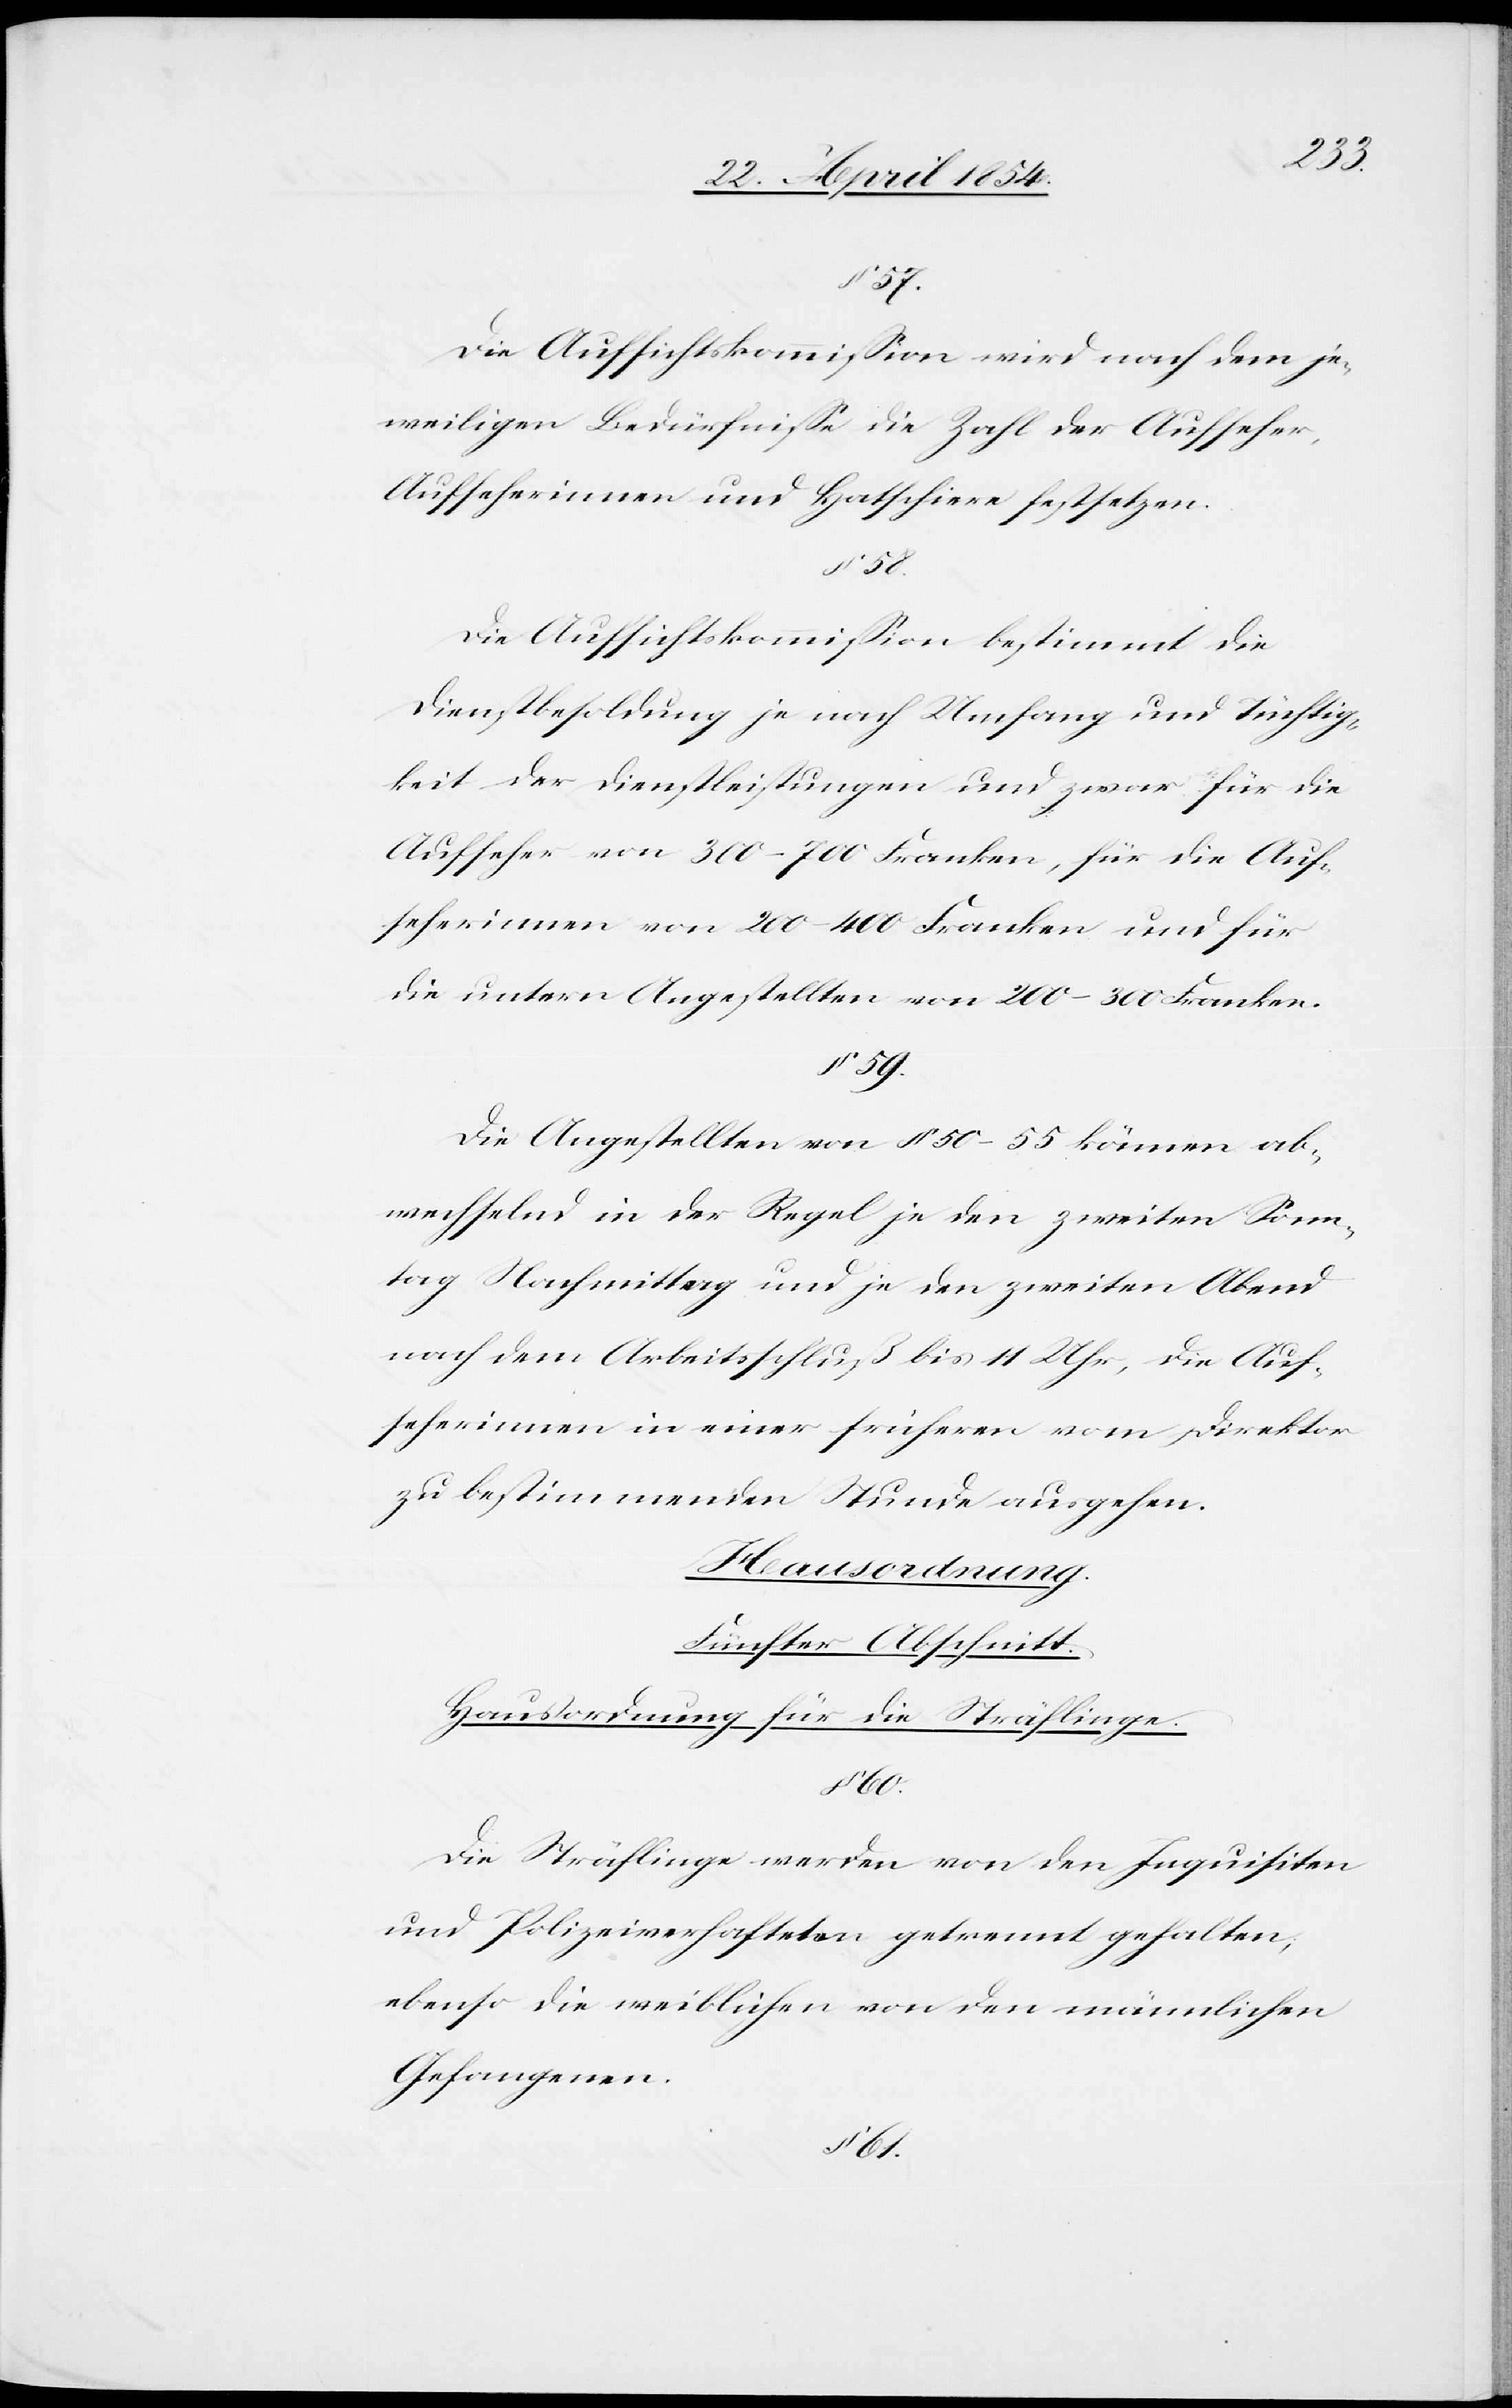
58.
57.
Die Aufsichtskommißion wird nach dem je¬
weiligen Bedürfniße die Zahl der Aufseher,
Aufseherinnen und Hatschiere festsetzen.
Die Aufsichtskommißion bestimmt die
Dienstbesoldung je nach Umfang und Tüchtig¬
keit der Dienstleistungen und zwar für die
Aufseher von 300–700 Franken, für die Auf¬
seherinnen von 200–400 Franken und für
die untern Angestellten von 200–300 Franken.
§ 59.
Die Angestellten von § 50–55 können ab¬
wechselnd in der Regel je den zweiten Sonn¬
tag Nachmittag und je den zweiten Abend
nach dem Arbeitsschluß bis 11 Uhr, die Auf¬
seherinnen in einer früheren vom Direktor
zu bestimmenden Stünde ausgehen.
Fünfter Abschnitt.
Hausordnung für die Sträflinge.
60.
Die Sträflinge werden von den Inquisiten
und Polizeiverhafteten getrennt gehalten,
ebenso die weiblichen von den männlichen
Gefangenen.
§ 61.